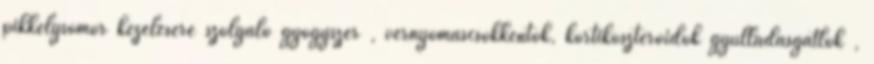
pikkelysömör kezelésére szolgáló gyógyszer , vérnyomáscsökkentők, kortikoszteroidok gyulladásgátlók ,